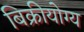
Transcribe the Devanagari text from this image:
बिक्रीयोग्य